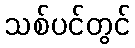
သစ်ပင်တွင်